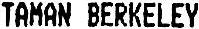
TAMAN BERKELEY